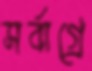
সর্বাগ্রে